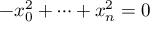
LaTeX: - x _ { 0 } ^ { 2 } + \cdots + x _ { n } ^ { 2 } = 0